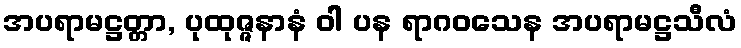
အပရာမဋ္ဌတ္တာ, ပုထုဇ္ဇနာနံ ဝါ ပန ရာဂဝသေန အပရာမဋ္ဌသီလံ